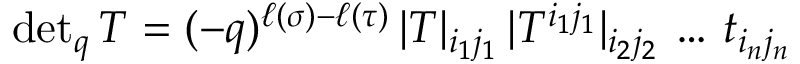
\mathrm { d e t } _ { q } \, T = ( - q ) ^ { \ell ( \sigma ) - \ell ( \tau ) } \, | T | _ { i _ { 1 } j _ { 1 } } \, | T ^ { i _ { 1 } j _ { 1 } } | _ { i _ { 2 } j _ { 2 } } \, \ldots \, t _ { i _ { n } j _ { n } }